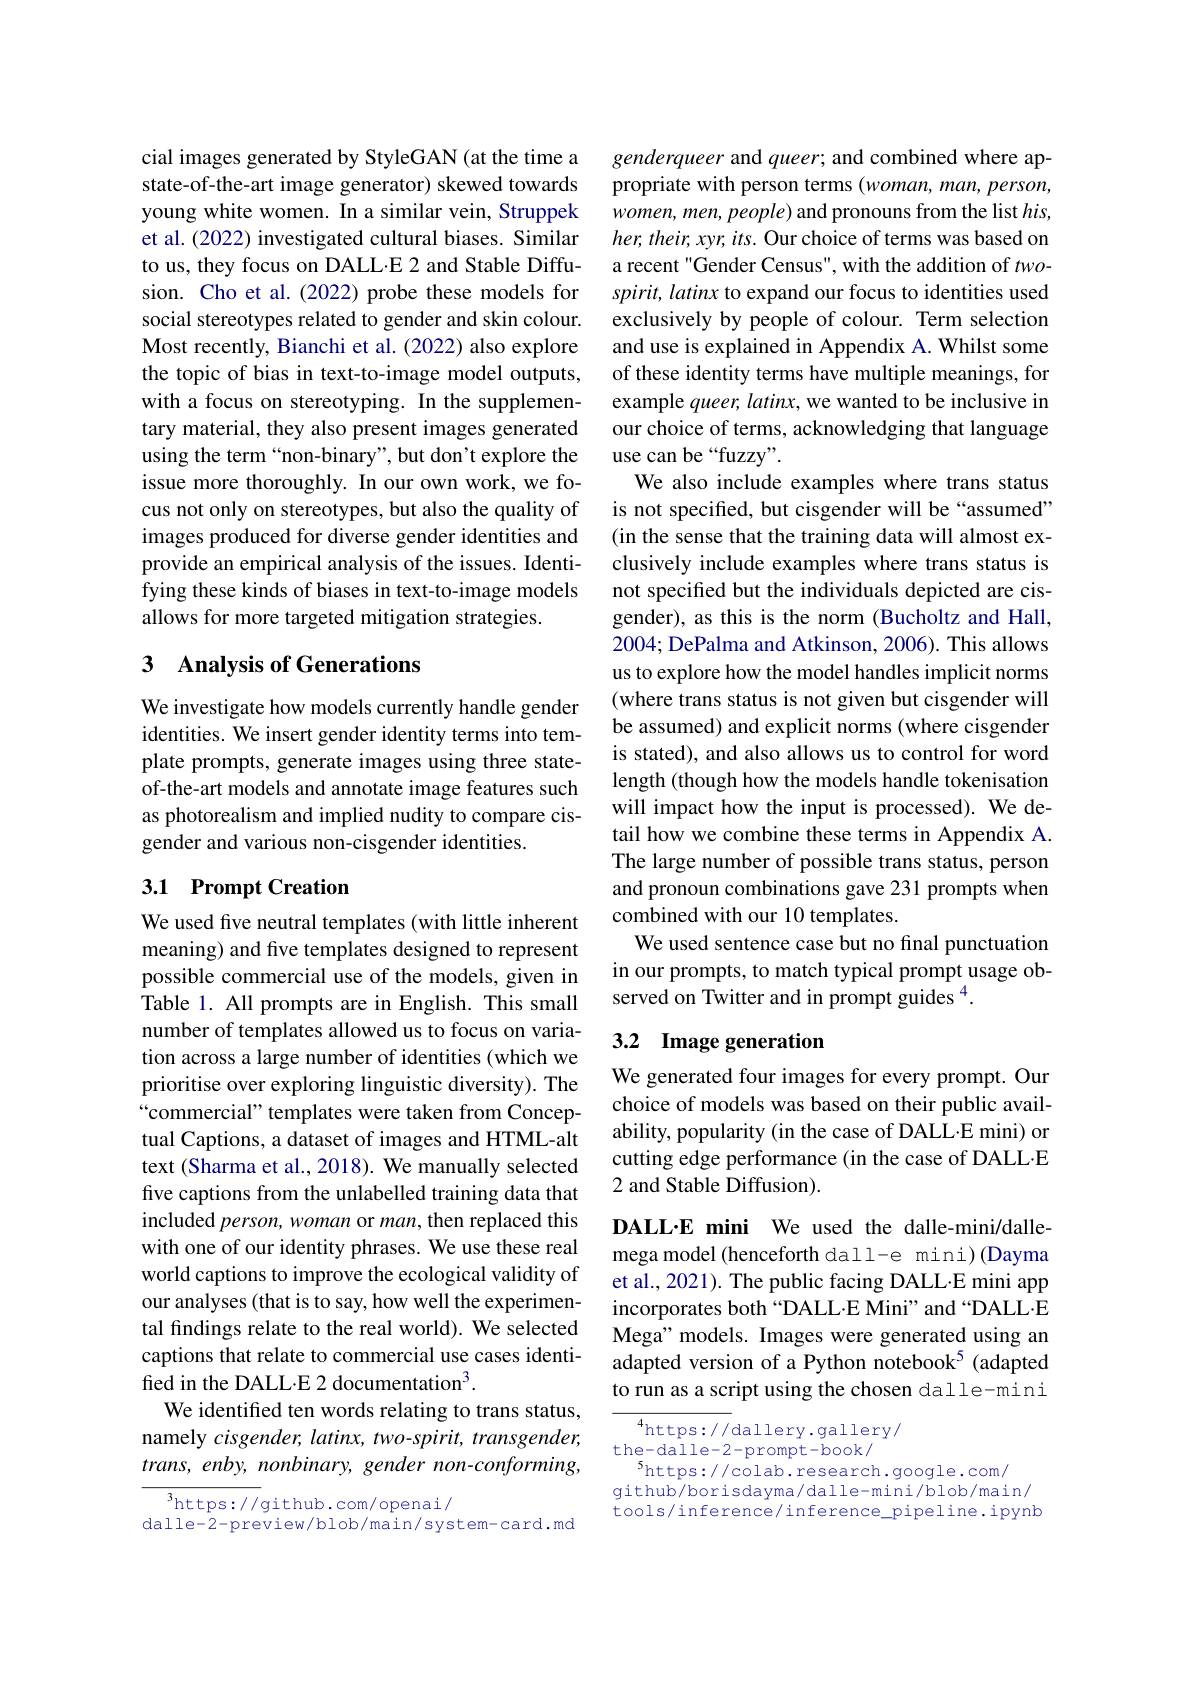
cial images generated by StyleGAN (at the time a state-of-the-art image generator) skewed towards young white women. In a similar vein, Struppek et al. (2022) investigated cultural biases. Similar to us, they focus on DALL·E 2 and Stable Diffusion. Cho et al.(2022) probe these models for social stereotypes related to gender and skin colour. Most recently, Bianchi et al. (2022) also explore the topic of bias in text-to-image model outputs, with a focus on stereotyping. In the supplementary material, they also present images generated using the term“non-binary”, but don't explore the issue more thoroughly. In our own work, we focus not only on stereotypes, but also the quality of images produced for diverse gender identities and provide an empirical analysis of the issues. Identifying these kinds of biases in text-to-image models allows for more targeted mitigation strategies.

## 3 Analysis of Generations

We investigate how models currently handle gender identities. We insert gender identity terms into template prompts, generate images using three stateof-the-art models and annotate image features such as photorealism and implied nudity to compare cisgender and various non-cisgender identities.

## 3.1 Prompt Creation

We used five neutral templates (with little inherent meaning) and five templates designed to represent possible commercial use of the models, given in Table 1. All prompts are in English. This small number of templates allowed us to focus on variation across a large number of identities (which we prioritise over exploring linguistic diversity). The “commercial” templates were taken from Conceptual Captions, a dataset of images and HTML-alt text (Sharma et al., 2018). We manually selected five captions from the unlabelled training data that included person, woman or man, then replaced this with one of our identity phrases. We use these real world captions to improve the ecological validity of our analyses (that is to say, how well the experimental findings relate to the real world). We selected captions that relate to commercial use cases identified in the DALL·E 2 documentation$^{3}.$
We identified ten words relating to trans status, namely cisgender, latinx, two-spirit, transgender, trans, enby, nonbinary, gender non-conforming,

$^{3}$https://github.com/openai/
dalle-2-preview/blob/main/system-card.md

genderqueer and queer; and combined where appropriate with person terms (woman, man, person, $women,men,people)$ and pronouns from the list $his$, $her,their,xyr,its.$ Our choice of terms was based on a recent "Gender Census", with the addition of $two-$ spirit, latinx to expand our focus to identities used exclusively by people of colour. Term selection and use is explained in Appendix A. Whilst some of these identity terms have multiple meanings, for example queer, latinx, we wanted to be inclusive in our choice of terms, acknowledging that language use can be “fuzzy”.
We also include examples where trans status is not specifed, but cisgender will be “assumed” (in the sense that the training data will almost exclusively include examples where trans status is not specified but the individuals depicted are cisgender), as this is the norm (Bucholtz and Hall, 2004; DePalma and Atkinson, 2006). This allows us to explore how the model handles implicit norms (where trans status is not given but cisgender will be assumed) and explicit norms (where cisgender is stated), and also allows us to control for word length (though how the models handle tokenisation will impact how the input is processed). We detail how we combine these terms in Appendix A. The large number of possible trans status, person and pronoun combinations gave 231 prompts when combined with our 10 templates.
We used sentence case but no final punctuation in our prompts, to match typical prompt usage observed on Twitter and in prompt guides $^{4}.$

# 3.2 Image generation

We generated four images for every prompt. Our choice of models was based on their public availability, popularity (in the case of DALL.E mini) or cutting edge performance (in the case of DALL·E 2 and Stable Diffusion).

DALL·E mini We used the dalle-mini/dallemega model (henceforth dall-e mini)(Dayma et al., 2021). The public facing DALL·E mini app incorporates both“DALL·E Mini” and“DALL·E Mega" models. Images were generated using an adapted version of a Python notebook$^{5}$ (adapted to run as a script using the chosen dalle-mini

$^{4}$https://dallery.gallery/
the- dalle- 2- prompt- book/
$^{5}$https://colab.research.google.com/
github/borisdayma/dalle-mini/blob/main/ tools/inference/inference\_pipeline.ipynb